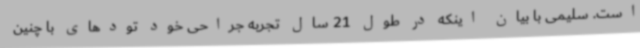
است. سلیمی با بیان اینکه در طول 21 سال تجربه جراحی خود تودهای با چنین